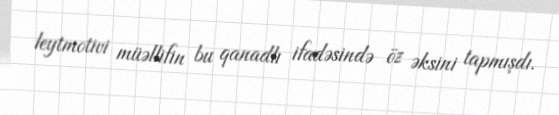
leytmotivi müəllifin bu qanadlı ifadəsində öz əksini tapmışdı.